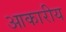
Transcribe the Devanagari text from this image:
आकारीय